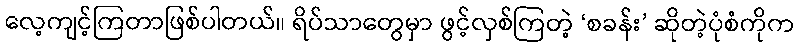
လေ့ကျင့်ကြတာဖြစ်ပါတယ်။ ရိပ်သာတွေမှာ ဖွင့်လှစ်ကြတဲ့ ‘စခန်း’ ဆိုတဲ့ပုံစံကိုက